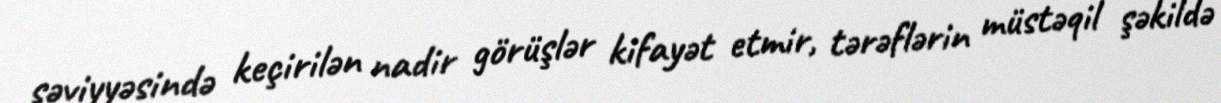
səviyyəsində keçirilən nadir görüşlər kifayət etmir, tərəflərin müstəqil şəkildə